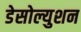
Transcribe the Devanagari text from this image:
डेसोल्युशन